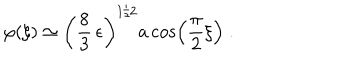
\varphi ( \xi ) \simeq \left( \frac { 8 } { 3 } \, \epsilon \right) ^ { 1 / 2 } a \cos \left( \frac { \pi } { 2 } \xi \right) \; .